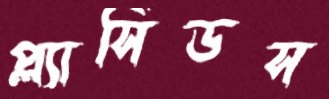
প্ল্যাসিডস